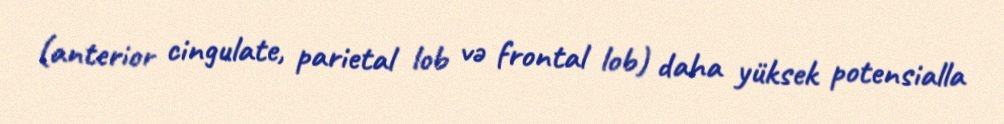
(anterior cingulate, parietal lob və frontal lob) daha yüksek potensialla